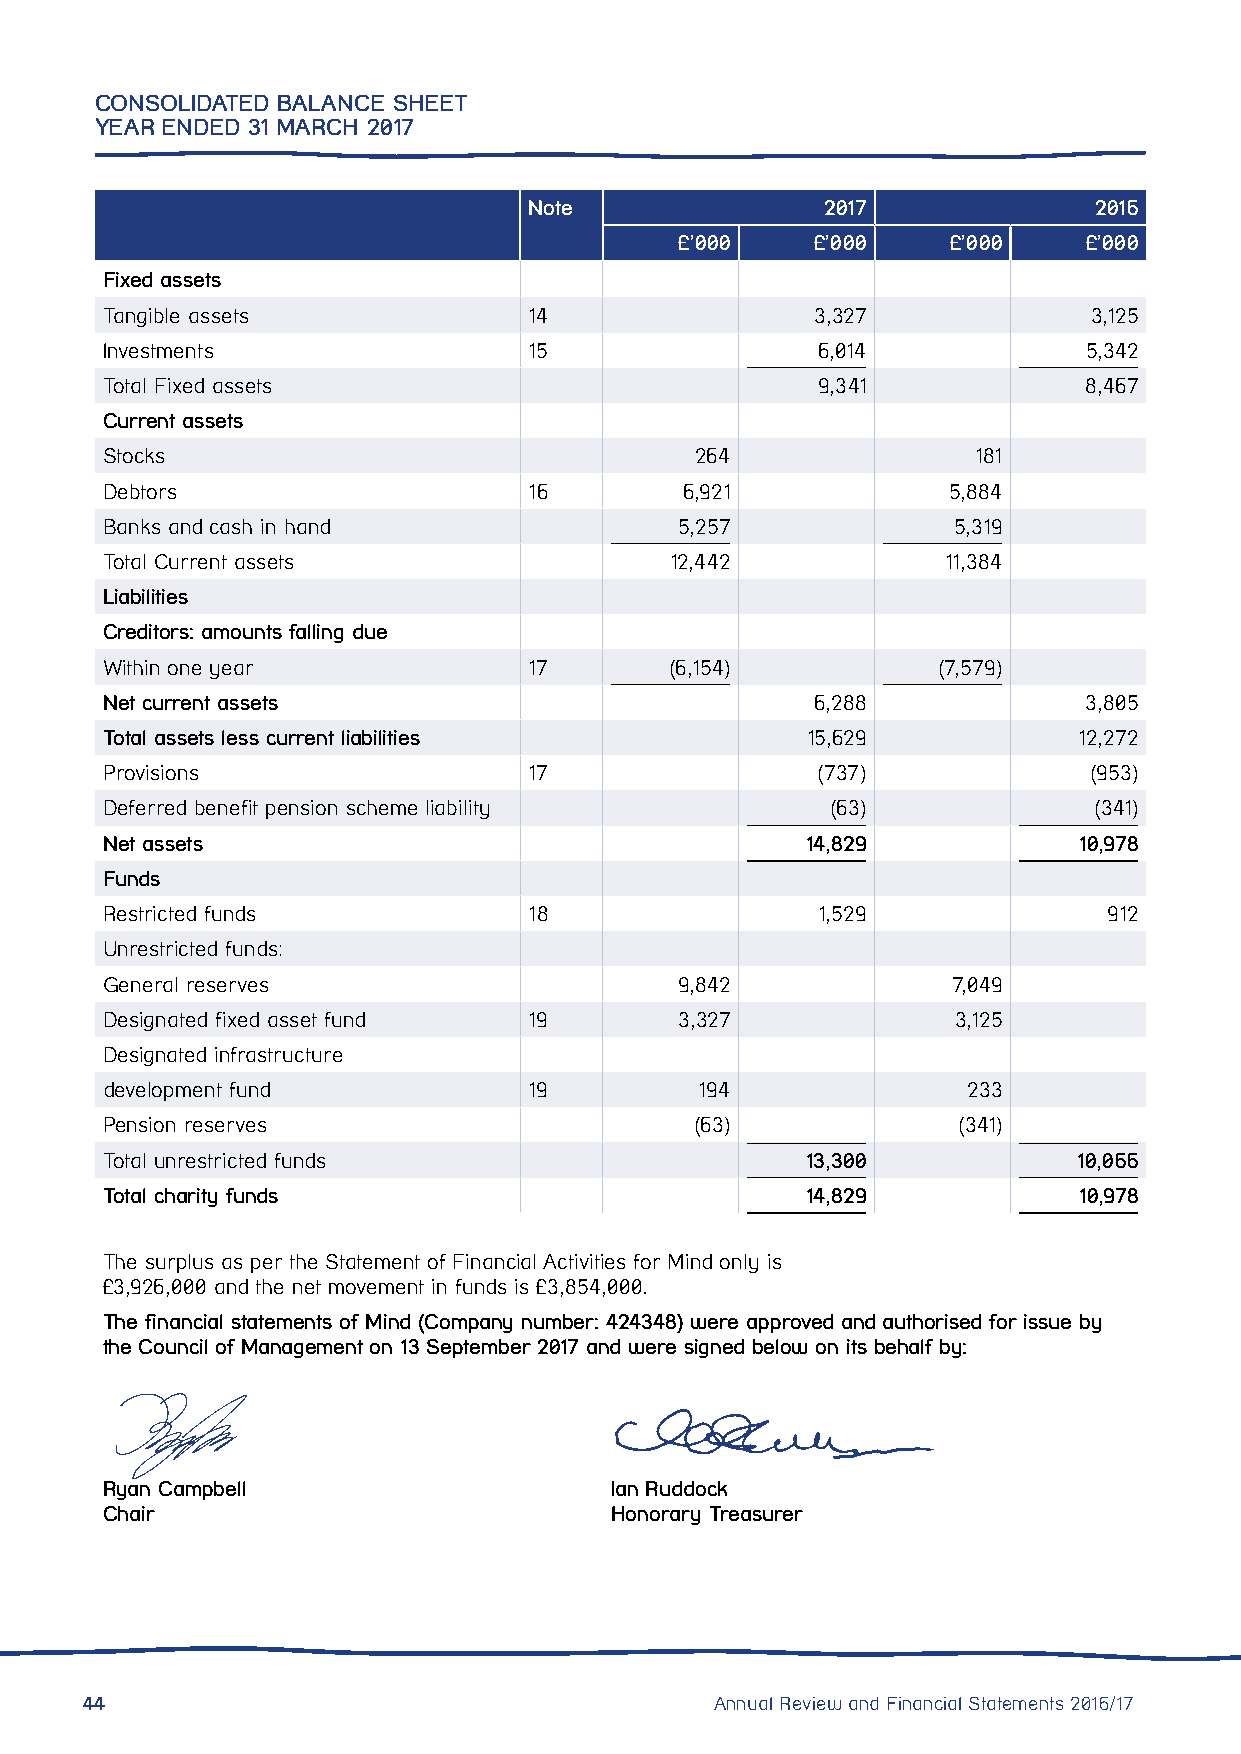
CONSOLIDATED BALANCE SHEET
 YEAR ENDED 31 MARCH 2017
 Note                2017             2016
 £’000    £’000    £’000    £’000
 Fixed assets
 Tangible assets             14                 3,327             3,125
 Investments                 15                 6,014             5,342
 Total Fixed assets                             9,341             8,467
 Current assets
 Stocks                                 264                181
 Debtors                     16        6,921             5,884
 Banks and cash in hand                5,257             5,319
 Total Current assets                 12,442             11,384
 Liabilities
 Creditors: amounts falling due
 Within one year             17       (6,154)           (7,579)
 Net current assets                             6,288             3,805
 Total assets less current liabilities         15,629            12,272
 Provisions                  17                 (737)             (953)
 Deferred benefit pension scheme liability       (63)             (341)
 Net assets                                    14,829            10,978
 Funds
 Restricted funds            18                 1,529              912
 Unrestricted funds:
 General reserves                      9,842             7,049
 Designated fixed asset fund 19        3,327             3,125
 Designated infrastructure
 development fund            19         194               233
 Pension reserves                       (63)             (341)
 Total unrestricted funds                      13,300            10,066
 Total charity funds                           14,829            10,978
 The surplus as per the Statement of Financial Activities for Mind only is
 £3,926,000 and the net movement in funds is £3,854,000.
 The financial statements of Mind (Company number: 424348) were approved and authorised for issue by
 the Council of Management on 13 September 2017 and were signed below on its behalf by:
 Ryan Campbell                    Ian Ruddock
 Chair                            Honorary Treasurer
 44                                        Annual Review and Financial Statements 2016/17